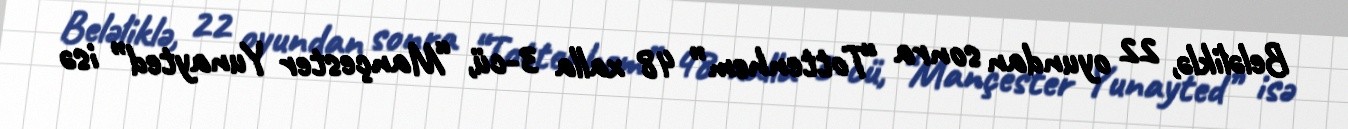
Beləliklə, 22 oyundan sonra “Tottenhem” 48 xalla 3-cü, “Mançester Yunayted” isə